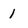
Character: 1